Report of the Indian Hemp Drugs Commission, 1894-1895 - Volume III
Year: 1894
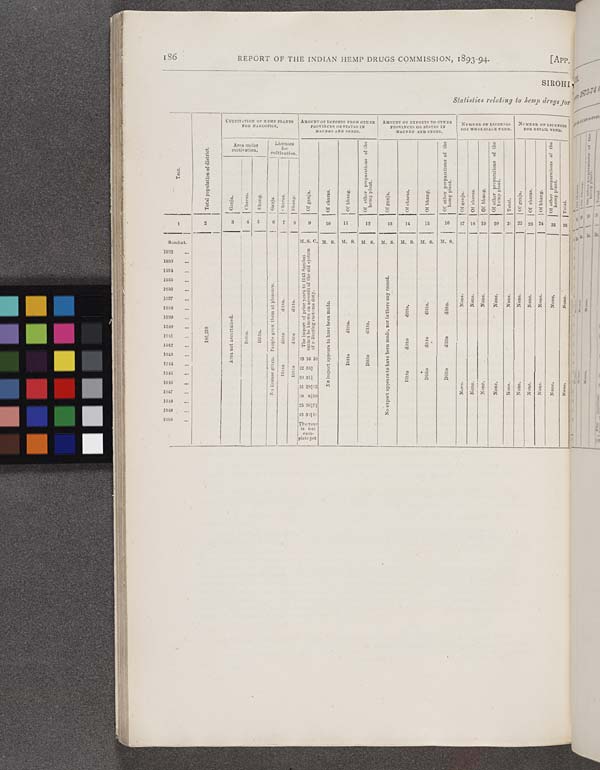
186
REPORT OF THE INDIAN HEMP DRUGS COMMISSION, 1893-94.
[APP.
SIROHI
Statistics relating to hemp drugs for
Year.
Total population of district.
CULTIVATION
OF
HEMP
PLANTS
FOR
NARCOTICS.
AMOUNT OF IMPORTS FROM OTHER
PROVINCE OR STATES IN
MAUNDS
AND
SEERS.
AMOUNT OF EXPORTS TO OTHER
PROVINCES OR STATES IN
MAUNDS
AND
SEERS.
NUMBER OF LICENSES
FOB WHOLESALE VEND.
NUMBER OFLICENSES
FOB RETAIL VEDN
Year.
Total population of district.
Area under
cultivation.
Licenses
for
cultivation.
Of ganja.
Of charas.
Of bhang.
Of other preparations of the
hemp plant.
Of ganja.
Of charas.
Of bhang.
Of other preparations of the
hemp plant.
Of ganja.
Of charas.
Of bhang.
Of other preparations of the
hemp
plant.
Total.
Of ganja.
Of charas.
Of bhang.
Of other preparations of the
hemp plant.
Total.
Year.
Total population of district.
Ganja.
Charas.
Bhang.
Ganja.
Charas.
Bhang.
Of ganja.
Of charas.
Of bhang.
Of other preparations of the
hemp plant.
Of ganja.
Of charas.
Of bhang.
Of other preparations of the
hemp plant.
Of ganja.
Of charas.
Of bhang.
Of other preparations of the
hemp
plant.
Total.
Of ganja.
Of charas.
Of bhang.
Of other preparations of the
hemp plant.
Total.
1
2
3
4 5
6
7
8
9
10
11
12
13
14
15
16
17 18 19
20
21 22 23 24
25
26
Sambat.
M.S. C. M. S. M. S. M. S. M. S. M. S. M. S.
M. S.
1932
The import of prior years to 1943 Sambat
cannot be known on account of the old system
of collecting customs duty.
1933
The import of prior years to 1943 Sambat
cannot be known on account of the old system
of collecting customs duty.
1934
The import of prior years to 1943 Sambat
cannot be known on account of the old system
of collecting customs duty.
1935
No license given. People grow them at pleasure.
The import of prior years to 1943 Sambat
cannot be known on account of the old system
of collecting customs duty.
No export appears to have been made, nor is there any record.
1936
No license given. People grow them at pleasure.
The import of prior years to 1943 Sambat
cannot be known on account of the old system
of collecting customs duty.
No export appears to have been made, nor is there any record.
None.
None.
None.
None.
None.
None.
None.
None.
None.
None.
1937
No license given. People grow them at pleasure.
ditto.
ditto.
The import of prior years to 1943 Sambat
cannot be known on account of the old system
of collecting customs duty.
No import appears to have been made.
No export appears to have been made, nor is there any record.
ditto.
ditto.
None.
None.
None.
None.
None.
None.
None.
None.
None.
None.
1938
No license given. People grow them at pleasure.
ditto.
ditto.
The import of prior years to 1943 Sambat
cannot be known on account of the old system
of collecting customs duty.
No import appears to have been made.
No export appears to have been made, nor is there any record.
ditto.
ditto.
ditto.
None.
None.
None.
None.
None.
None.
None.
None.
None.
None.
1939
Area not ascertained.
No license given. People grow them at pleasure.
ditto.
The import of prior years to 1943 Sambat
cannot be known on account of the old system
of collecting customs duty.
No import appears to have been made.
ditto.
ditto.
No export appears to have been made, nor is there any record.
ditto.
ditto.
ditto.
1940
186,310
Area not ascertained.
Ditto.
Ditto.
No license given. People grow them at pleasure.
ditto
The import of prior years to 1943 Sambat
cannot be known on account of the old system
of collecting customs duty.
No import appears to have been made.
ditto.
ditto.
No export appears to have been made, nor is there any record.
1941
186,310
Area not ascertained.
Ditto.
Ditto.
No license given. People grow them at pleasure.
ditto
ditto
The import of prior years to 1943 Sambat
cannot be known on account of the old system
of collecting customs duty.
No import appears to have been made.
ditto.
ditto.
No export appears to have been made, nor is there any record.
ditto
ditto
ditto
1942
186,310
Area not ascertained.
Ditto.
Ditto.
No license given. People grow them at pleasure.
ditto
ditto
The import of prior years to 1943 Sambat
cannot be known on account of the old system
of collecting customs duty.
No import appears to have been made.
No export appears to have been made, nor is there any record.
ditto
ditto
ditto
1913
Area not ascertained.
No license given. People grow them at pleasure.
ditto
39 16 10
No import appears to have been made.
Ditto
Ditto
No export appears to have been made, nor is there any record.
1914
Area not ascertained.
No license given. People grow them at pleasure.
Ditto
Ditto
22 333/4
No import appears to have been made.
Ditto
Ditto
No export appears to have been made, nor is there any record.
Ditto
Ditto
Ditto
1945
No license given. People grow them at pleasure.
Ditto
Ditto
20 311/4
No import appears to have been made.
No export appears to have been made, nor is there any record.
Ditto
Ditto
Ditto
None.
None.
None.
None.
None.
None.
None.
None.
None.
None.
1916
No license given. People grow them at pleasure.
51 283/4 15
No import appears to have been made.
No export appears to have been made, nor is there any record.
Ditto
Ditto
Ditto
None.
None.
None.
None.
None.
None.
None.
None.
None.
None.
1917
No license given. People grow them at pleasure.
19 83/4 10
No export appears to have been made, nor is there any record.
None.
None.
None.
None.
None.
None.
None.
None.
None.
None.
1948
25 261/4 71/2
No export appears to have been made, nor is there any record.
1949
13 351/4 10
No export appears to have been made, nor is there any record.
1950
The year
is not
cpm-
plete yet
No export appears to have been made, nor is there any record.